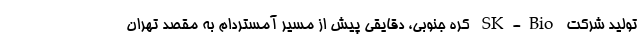
تولید شرکت SK-Bio کره جنوبی، دقایقی پیش از مسیر آمستردام به مقصد تهران